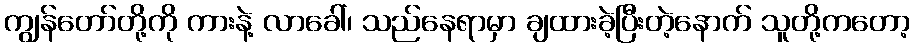
ကျွန်တော်တို့ကို ကားနဲ့ လာခေါ်၊ သည်နေရာမှာ ချထားခဲ့ပြီးတဲ့နောက် သူတို့ကတော့